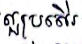
ល្អប្រសើរ